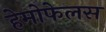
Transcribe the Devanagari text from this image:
हेमोफेलस